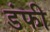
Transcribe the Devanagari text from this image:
डंफी